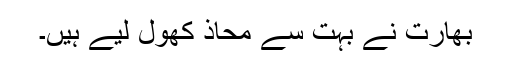
بھارت نے بہت سے محاذ کھول لیے ہیں۔